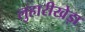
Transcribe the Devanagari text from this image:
लुहारीखेड़ा